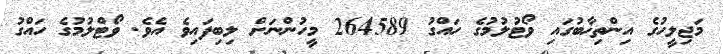
މަޖިލީހުގެ އިންތިޚާބުގައި ވޯޓުލުމުގެ ހައްގު 264589 މީހުންނަށް ލިބިފައިވެ އެވެ. ވޯޓްލުމުގެ ހައްގު